Document type: Sale
Year: 1435
Scribe: Pere Soler
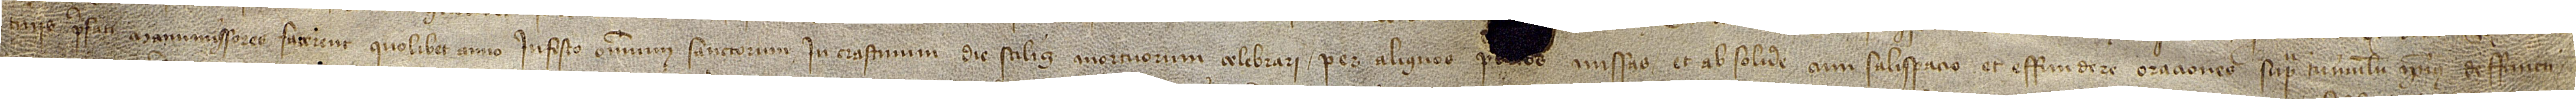
tinis prefati manumissores facerent quolibet anno in festo Omnium Sanctorum in crastinum die, scilicet, mortuorum celebrari per aliquos p[resbitero]s missas et absolvere cum salispacio et effundere oraciones supra tumulum ipsius deffuncti;